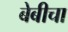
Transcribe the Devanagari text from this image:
बेबीचा